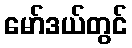
မော်ဒယ်တွင်